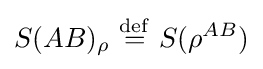
S(AB)_{\rho }\ {\stackrel {\mathrm {def} }{=}}\ S(\rho ^{AB})